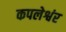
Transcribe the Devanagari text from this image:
कपलेश्वंर